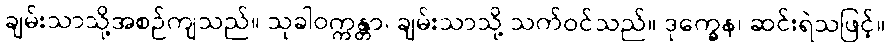
ချမ်းသာသို့အစဉ်ကျသည်။ သုခါဝက္ကန္တာ၊ ချမ်းသာသို့ သက်ဝင်သည်။ ဒုက္ခေန၊ ဆင်းရဲသဖြင့်။